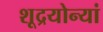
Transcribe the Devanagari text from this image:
शूद्रयोन्यां